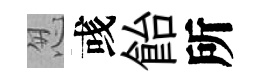
怱彧飴所